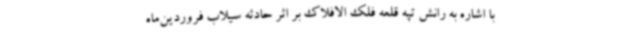
با اشاره به رانش تپه قلعه فلک الافلاک بر اثر حادثه سیلاب فروردین‌ماه